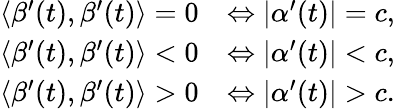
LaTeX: \begin{array}{rl}{\langle\beta^{\prime}(t),\beta^{\prime}(t)\rangle=0}&{\Leftrightarrow|\alpha^{\prime}(t)|=c,}\\ {\langle\beta^{\prime}(t),\beta^{\prime}(t)\rangle<0}&{\Leftrightarrow|\alpha^{\prime}(t)|<c,}\\ {\langle\beta^{\prime}(t),\beta^{\prime}(t)\rangle>0}&{\Leftrightarrow|\alpha^{\prime}(t)|>c.}\end{array}